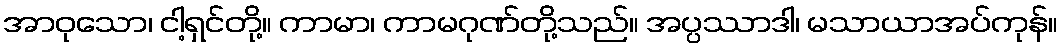
အာဝုသော၊ ငါ့ရှင်တို့။ ကာမာ၊ ကာမဂုဏ်တို့သည်။ အပ္ပဿာဒါ၊ မသာယာအပ်ကုန်။